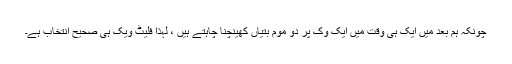
چونکہ ہم بعد میں ایک ہی وقت میں ایک وک پر دو موم بتیاں کھینچنا چاہتے ہیں ، لہذا فلیٹ ویک ہی صحیح انتخاب ہے۔